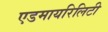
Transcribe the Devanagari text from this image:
एडमायरिलिटी